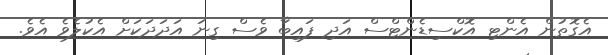
އެގޮތުން އެންޓި އޮކްސިޑެންޓްސް އަދި ފައިބާ ވެސް ގިނަ އަދަދަކަށް އެކުލެވެ އެވެ.